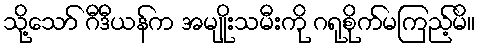
သို့သော် ဂီဒီယန်က အမျိုးသမီးကို ဂရုစိုက်မကြည့်မိ။